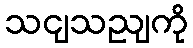
သငျသညျကို